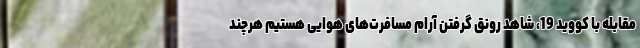
مقابله با کووید 19، شاهد رونق گرفتن آرام مسافرت‌های هوایی هستیم هرچند